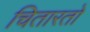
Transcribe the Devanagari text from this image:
चितारतो